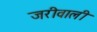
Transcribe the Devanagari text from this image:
जरीवाली